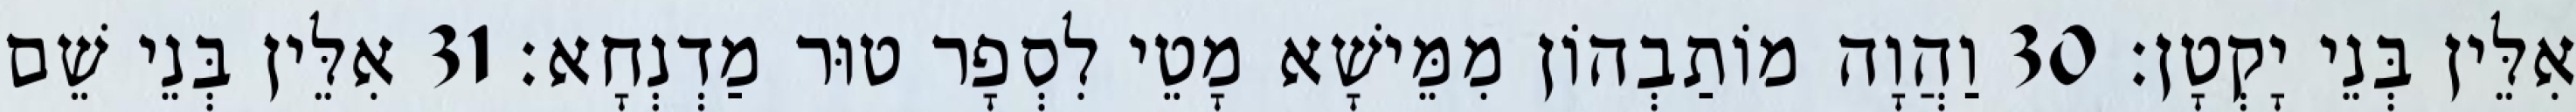
אִלֵּין בְּנֵי יָקְטָן׃ 30 וַהֲוָה מוֹתַבְהוֹן מִמֵּישָׁא מָטֵי לִסְפָר טוּר מַדְנְחָא׃ 31 אִלֵּין בְּנֵי שֵׁם